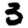
Digit: 3